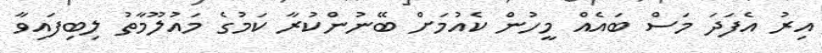
އިރު އެފަދަ މަސް ބައެއް މީހުން ކެއުމަށް ބޭނުންކުރާ ކަމުގެ މައުލޫމާތު ލިބިފައިވާ